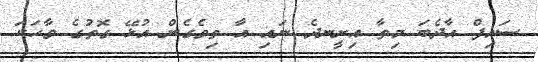
ސައިފް އާދެބަ މިތާ އިށީނދެ ނައި އާ ތިވެގެން އުޅޭ ގޮތުގެ ވާހަކަ